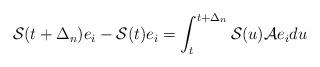
LaTeX: \begin{align*} \mathcal S(t+\Delta_n) e_i- \mathcal S(t)e_i= \int_t^{t+\Delta_n} \mathcal S(u)\mathcal A e_i du\end{align*}